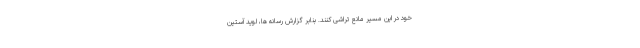
خود در این مسیر مانع تراشی کنند. بنابر گزارش رسانه ها، لوید آستین